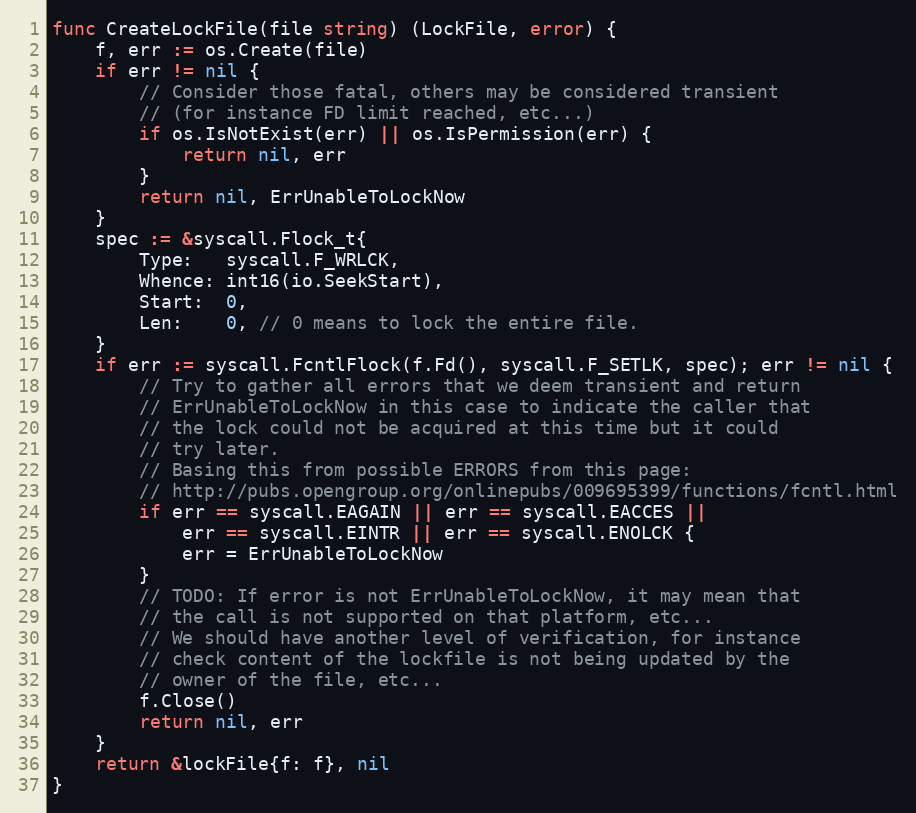
Language: Go
func CreateLockFile(file string) (LockFile, error) {
	f, err := os.Create(file)
	if err != nil {
		// Consider those fatal, others may be considered transient
		// (for instance FD limit reached, etc...)
		if os.IsNotExist(err) || os.IsPermission(err) {
			return nil, err
		}
		return nil, ErrUnableToLockNow
	}
	spec := &syscall.Flock_t{
		Type:   syscall.F_WRLCK,
		Whence: int16(io.SeekStart),
		Start:  0,
		Len:    0, // 0 means to lock the entire file.
	}
	if err := syscall.FcntlFlock(f.Fd(), syscall.F_SETLK, spec); err != nil {
		// Try to gather all errors that we deem transient and return
		// ErrUnableToLockNow in this case to indicate the caller that
		// the lock could not be acquired at this time but it could
		// try later.
		// Basing this from possible ERRORS from this page:
		// http://pubs.opengroup.org/onlinepubs/009695399/functions/fcntl.html
		if err == syscall.EAGAIN || err == syscall.EACCES ||
			err == syscall.EINTR || err == syscall.ENOLCK {
			err = ErrUnableToLockNow
		}
		// TODO: If error is not ErrUnableToLockNow, it may mean that
		// the call is not supported on that platform, etc...
		// We should have another level of verification, for instance
		// check content of the lockfile is not being updated by the
		// owner of the file, etc...
		f.Close()
		return nil, err
	}
	return &lockFile{f: f}, nil
}